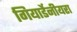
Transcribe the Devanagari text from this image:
गियार्डेनीयरा